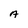
Character: A